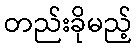
တည်းခိုမည့်